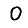
Digit: 0